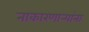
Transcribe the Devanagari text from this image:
नाकारणार्‍यांना